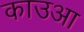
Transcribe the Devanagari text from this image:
काउआ